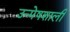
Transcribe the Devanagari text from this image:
उन्मेषशाली